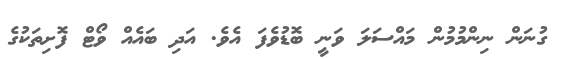
ގުނަން ނިންމުމުން މައްސަލަ ވަނީ ބޮޑުވެފަ އެވެ. އަދި ބައެއް ވޯޓް ފޮށިތަކުގެ